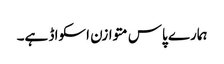
ہمارے پاس متوازن اسکواڈ ہے۔